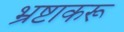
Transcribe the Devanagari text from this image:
भ्रष्टाकरू